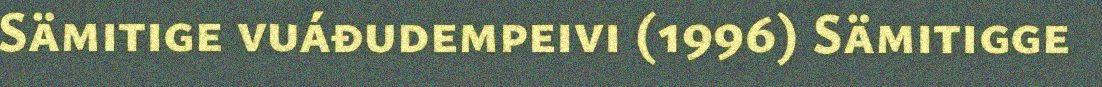
Sämitige vuáđudempeivi (1996) Sämitigge